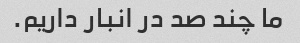
ما چند صد در انبار داریم.